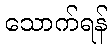
သောက်ရန်